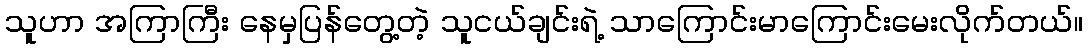
သူဟာ အကြာကြီး နေမှပြန်တွေ့တဲ့ သူငယ်ချင်းရဲ့ သာကြောင်းမာကြောင်းမေးလိုက်တယ်။